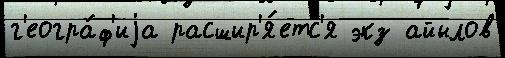
г'еогра́ф'иjа расшир'я́етс'я экз айылов